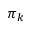
\pi _ { k }